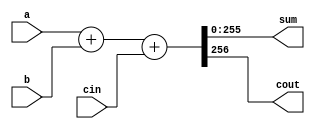
`timescale 1ns / 1ps
//////////////////////////////////////////////////////////////////////////////////
// Company: 
// Engineer: 
// 
// Design Name: 
// Module Name:    simple_adder 
// Project Name: 
// Target Devices: 
// Tool versions: 
// Description: 
//
// Dependencies: 
//
// Revision: 
// Revision 0.01 - File Created
// Additional Comments: 
//
//////////////////////////////////////////////////////////////////////////////////
module simple_adder(a,b, cin,sum,cout);
parameter W=256;

input [W-1:0] a,b;
input cin;
output [W-1:0] sum;
output cout;

assign {cout,sum}=a+b+cin;

endmodule